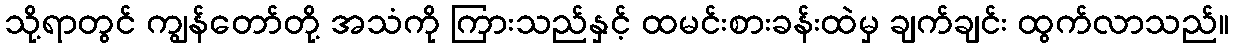
သို့ရာတွင် ကျွန်တော်တို့ အသံကို ကြားသည်နှင့် ထမင်းစားခန်းထဲမှ ချက်ချင်း ထွက်လာသည်။